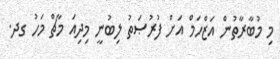
މި މުބާރާތުން އަޒްހަމް އަށް ފުރުޞަތު ލިބުނީ މިދިއަ މާޗް މަހު ގދ.